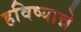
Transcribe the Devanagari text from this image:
हविष्यान्ने